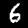
Digit: 6